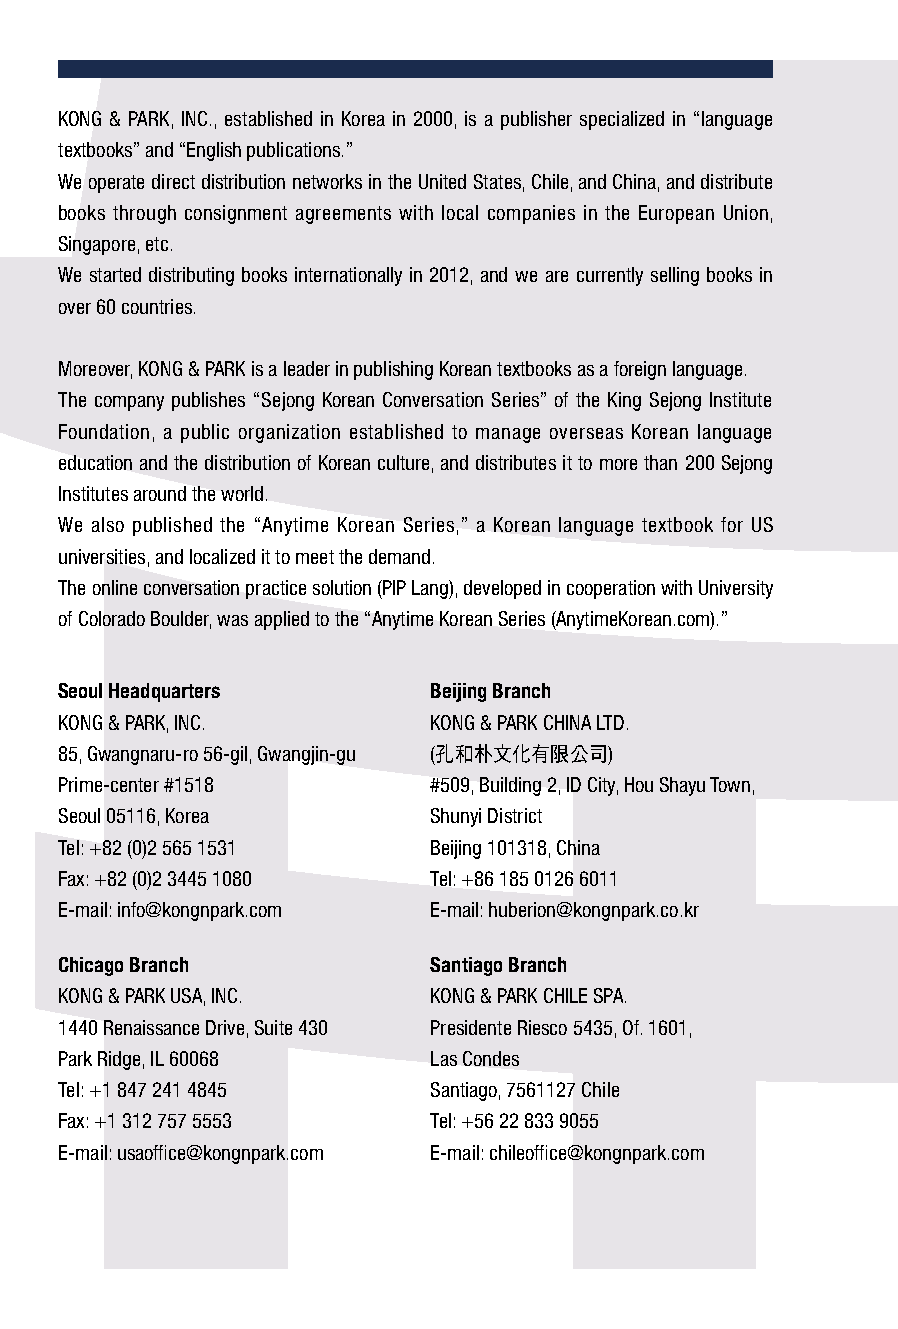
KONG & PARK, INC., established in Korea in 2000, is a publisher specialized in “language
 textbooks” and “English publications.”
 We operate direct distribution networks in the United States, Chile, and China, and distribute
 books through consignment agreements with local companies in the European Union,
 Singapore, etc.
 We started distributing books internationally in 2012, and we are currently selling books in
 over 60 countries.
 Moreover, KONG & PARK is a leader in publishing Korean textbooks as a foreign language.
 The company publishes “Sejong Korean Conversation Series” of the King Sejong Institute
 Foundation, a public organization established to manage overseas Korean language
 education and the distribution of Korean culture, and distributes it to more than 200 Sejong
 Institutes around the world.
 We also published the “Anytime Korean Series,” a Korean language textbook for US
 universities, and localized it to meet the demand.
 The online conversation practice solution (PIP Lang), developed in cooperation with University
 of Colorado Boulder, was applied to the “Anytime Korean Series (AnytimeKorean.com).”
 Seoul Headquarters      Beijing Branch
 KONG & PARK, INC.       KONG & PARK CHINA LTD.
 85, Gwangnaru-ro 56-gil, Gwangjin-gu (孔和朴文化有限公司)
 Prime-center #1518      #509, Building 2, ID City, Hou Shayu Town,
 Seoul 05116, Korea      Shunyi District
 Tel: +82 (0)2 565 1531  Beijing 101318, China
 Fax: +82 (0)2 3445 1080 Tel: +86 185 0126 6011
 E-mail: info@kongnpark.com E-mail: huberion@kongnpark.co.kr
 Chicago Branch          Santiago Branch
 KONG & PARK USA, INC.   KONG & PARK CHILE SPA.
 1440 Renaissance Drive, Suite 430 Presidente Riesco 5435, Of. 1601,
 Park Ridge, IL 60068    Las Condes
 Tel: +1 847 241 4845    Santiago, 7561127 Chile
 Fax: +1 312 757 5553    Tel: +56 22 833 9055
 E-mail: usaoffice@kongnpark.com E-mail: chileoffice@kongnpark.com